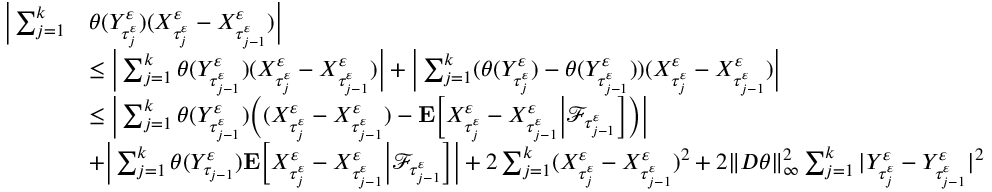
\begin{array} { r l } { \Big | \sum _ { j = 1 } ^ { k } } & { \theta ( Y _ { \tau _ { j } ^ { \varepsilon } } ^ { \varepsilon } ) ( X _ { \tau _ { j } ^ { \varepsilon } } ^ { \varepsilon } - X _ { \tau _ { j - 1 } ^ { \varepsilon } } ^ { \varepsilon } ) \Big | } \\ & { \leq \Big | \sum _ { j = 1 } ^ { k } \theta ( Y _ { \tau _ { j - 1 } ^ { \varepsilon } } ^ { \varepsilon } ) ( X _ { \tau _ { j } ^ { \varepsilon } } ^ { \varepsilon } - X _ { \tau _ { j - 1 } ^ { \varepsilon } } ^ { \varepsilon } ) \Big | + \Big | \sum _ { j = 1 } ^ { k } ( \theta ( Y _ { \tau _ { j } ^ { \varepsilon } } ^ { \varepsilon } ) - \theta ( Y _ { \tau _ { j - 1 } ^ { \varepsilon } } ^ { \varepsilon } ) ) ( X _ { \tau _ { j } ^ { \varepsilon } } ^ { \varepsilon } - X _ { \tau _ { j - 1 } ^ { \varepsilon } } ^ { \varepsilon } ) \Big | } \\ & { \leq \Big | \sum _ { j = 1 } ^ { k } \theta ( Y _ { \tau _ { j - 1 } ^ { \varepsilon } } ^ { \varepsilon } ) \Big ( ( X _ { \tau _ { j } ^ { \varepsilon } } ^ { \varepsilon } - X _ { \tau _ { j - 1 } ^ { \varepsilon } } ^ { \varepsilon } ) - \mathbf { E } \Big [ X _ { \tau _ { j } ^ { \varepsilon } } ^ { \varepsilon } - X _ { \tau _ { j - 1 } ^ { \varepsilon } } ^ { \varepsilon } \Big | \mathscr { F } _ { \tau _ { j - 1 } ^ { \varepsilon } } \Big ] \Big ) \Big | } \\ & { + \Big | \sum _ { j = 1 } ^ { k } \theta ( Y _ { \tau _ { j - 1 } } ^ { \varepsilon } ) \mathbf { E } \Big [ X _ { \tau _ { j } ^ { \varepsilon } } ^ { \varepsilon } - X _ { \tau _ { j - 1 } ^ { \varepsilon } } ^ { \varepsilon } \Big | \mathscr { F } _ { \tau _ { j - 1 } ^ { \varepsilon } } \Big ] \Big | + 2 \sum _ { j = 1 } ^ { k } ( X _ { \tau _ { j } ^ { \varepsilon } } ^ { \varepsilon } - X _ { \tau _ { j - 1 } ^ { \varepsilon } } ^ { \varepsilon } ) ^ { 2 } + 2 \| D \theta \| _ { \infty } ^ { 2 } \sum _ { j = 1 } ^ { k } | Y _ { \tau _ { j } ^ { \varepsilon } } ^ { \varepsilon } - Y _ { \tau _ { j - 1 } ^ { \varepsilon } } ^ { \varepsilon } | ^ { 2 } } \end{array}